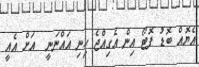
އެޔޮއް ބޮޑު ފޮޓޯ އިން އެގިއްޖެ ހިނި އައްނަނީ  އަށް އެއީ